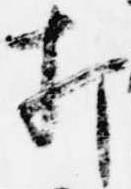
打